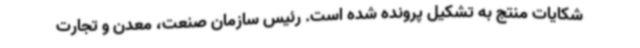
شکایات منتج به تشکیل پرونده شده است. رئیس سازمان صنعت، معدن و تجارت